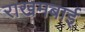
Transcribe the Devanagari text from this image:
राखमबाई